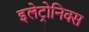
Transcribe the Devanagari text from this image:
इलेट्रोनिक्स